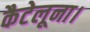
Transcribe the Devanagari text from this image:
कैटेलूना।